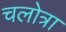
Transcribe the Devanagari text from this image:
चलोत्रा